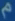
م